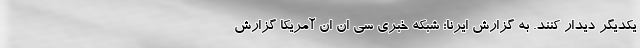
یکدیگر دیدار کنند. به گزارش ایرنا؛ شبکه خبری سی ان ان آمریکا گزارش